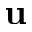
{ \bf u }